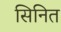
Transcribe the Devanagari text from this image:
सिनित